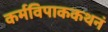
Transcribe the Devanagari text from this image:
कर्मविपाककथनं